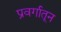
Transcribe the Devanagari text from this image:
प्रवर्गातून